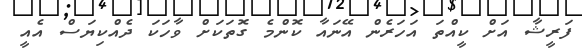
ފަރީޝާ އަށް ކީއްތަ އަހަރެން އޭނައާ ކޮންމެ ގޮތަކަށް ވާހަކަ ދެއްކިޔަސް އެއީ